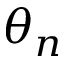
\theta _ { n }